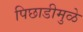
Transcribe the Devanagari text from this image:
पिछाडीमुळे